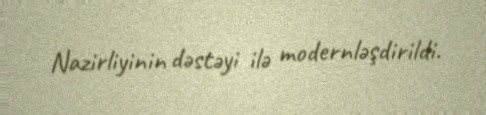
Nazirliyinin dəstəyi ilə modernləşdirildi.